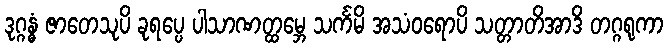
ဒုဂ္ဂန္ဓံ ဇာတေသုပိ ခုရပ္ပေ ပါသာဏတ္ထမ္ဘေ သင်္ကမိ အသံဝရောပိ သတ္တာတိအာဒိ တဂ္ဂရုကာ